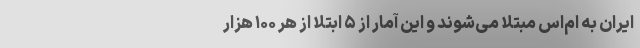
ایران به ام‌اس مبتلا می‌شوند و این آمار از ۵ ابتلا از هر ۱۰۰ هزار